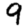
Digit: 9